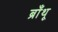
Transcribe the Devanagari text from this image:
ब्राँथू